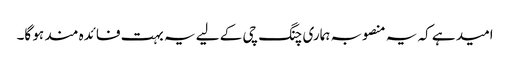
امید ہے کہ یہ منصوبہ ہماری چنگ چی کے لیے یہ بہت فائدہ مند ہو گا۔